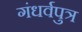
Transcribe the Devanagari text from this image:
गंधर्वपुत्र